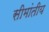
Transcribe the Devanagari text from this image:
सीमांतीय